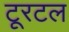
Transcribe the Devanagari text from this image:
टूरटल